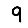
Digit: 9